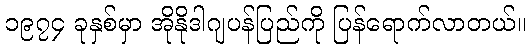
၁၉၇၄ ခုနှစ်မှာ အိုနိုဒါဂျပန်ပြည်ကို ပြန်ရောက်လာတယ်။